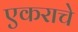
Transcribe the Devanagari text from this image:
एकराचे